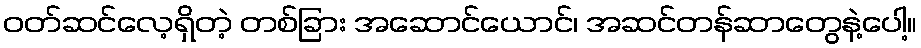
ဝတ်ဆင်လေ့ရှိတဲ့ တစ်ခြား အဆောင်ယောင်၊ အဆင်တန်ဆာတွေနဲ့ပေါ့။